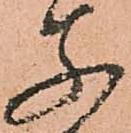
父